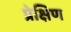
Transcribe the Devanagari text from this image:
प्रेक्षिण